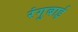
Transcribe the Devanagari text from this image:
रंगुबाई